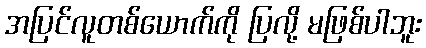
အပြင်လူတစ်ယောက်ကို ပြလို့ မဖြစ်ပါဘူး